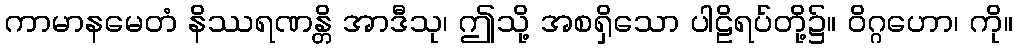
ကာမာနမေတံ နိဿရဏန္တိ အာဒီသု၊ ဤသို့ အစရှိသော ပါဠိရပ်တို့၌။ ဝိဂ္ဂဟော၊ ကို။